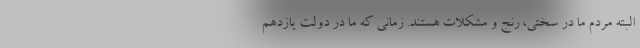
البته مردم ما در سختی، رنج و مشکلات هستند. زمانی که ما در دولت یازدهم